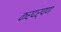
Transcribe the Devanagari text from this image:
करदर्पण